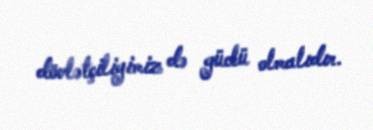
dövlətçiliyimiz də güclü olmalıdır.